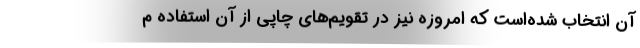
آن انتخاب شده‌است که امروزه نیز در تقویم‌های چاپی از آن استفاده م